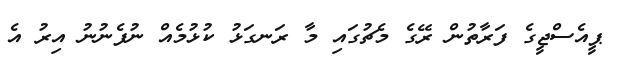
ޕީއެސްޖީގެ ފަރާތުން ރޭގެ މެޗުގައި މާ ރަނގަޅު ކުޅުމެއް ނުފެނުނު އިރު އެ